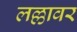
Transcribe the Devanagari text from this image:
लल्लावर